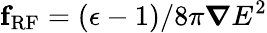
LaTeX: {\mathbf f}_{\mathrm{RF}}=(\epsilon-1)/{8\pi}\boldsymbol{\nabla}E^{2}